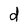
Character: d